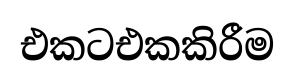
එකටඑකකිරීම